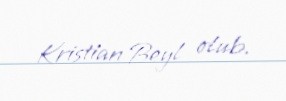
Kristian Beyl olub.